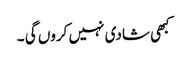
کبھی شادی نہیں کروں گی ۔